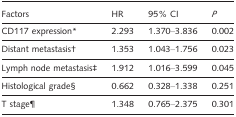
| Factors | HR | 95% CI | P |
 | --- | --- | --- | --- |
 | CD117 expression* | 2.293 | 1.370–3.836 | 0.002 |
 | Distant metastasis† | 1.353 | 1.043–1.756 | 0.023 |
 | Lymph node metastasis‡ | 1.912 | 1.016–3.599 | 0.045 |
 | Histological grade§ | 0.662 | 0.328–1.338 | 0.251 |
 | T stage¶ | 1.348 | 0.765–2.375 | 0.301 |